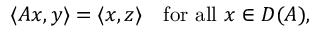
\langle A x , y \rangle = \langle x , z \rangle \quad { \mathrm { f o r ~ a l l ~ } } x \in D ( A ) ,